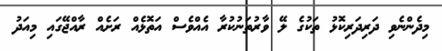
މިދެންނެވި ދަރިދަރިކޮޅު ތަކުގެ ލޭ ވާރުތަނުކުރާ އެއްވެސް އަތޮޅެއް ރަށެއް ރާއްޖޭގައި މިއަދު